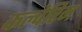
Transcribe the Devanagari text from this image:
कल्वेरिन